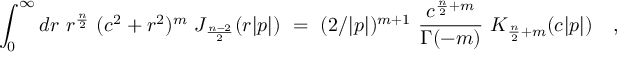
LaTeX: \int _ { 0 } ^ { \infty } d r ~ r ^ { \frac { n } { 2 } } ~ ( c ^ { 2 } + r ^ { 2 } ) ^ { m } ~ J _ { \frac { n - 2 } { 2 } } ( r | p | ) ~ = ~ ( 2 / | p | ) ^ { m + 1 } ~ \frac { c ^ { \frac { n } { 2 } + m } } { \Gamma ( - m ) } ~ K _ { \frac { n } { 2 } + m } ( c | p | ) ~ ~ ~ ,